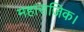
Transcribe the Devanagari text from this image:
महाराजिक।